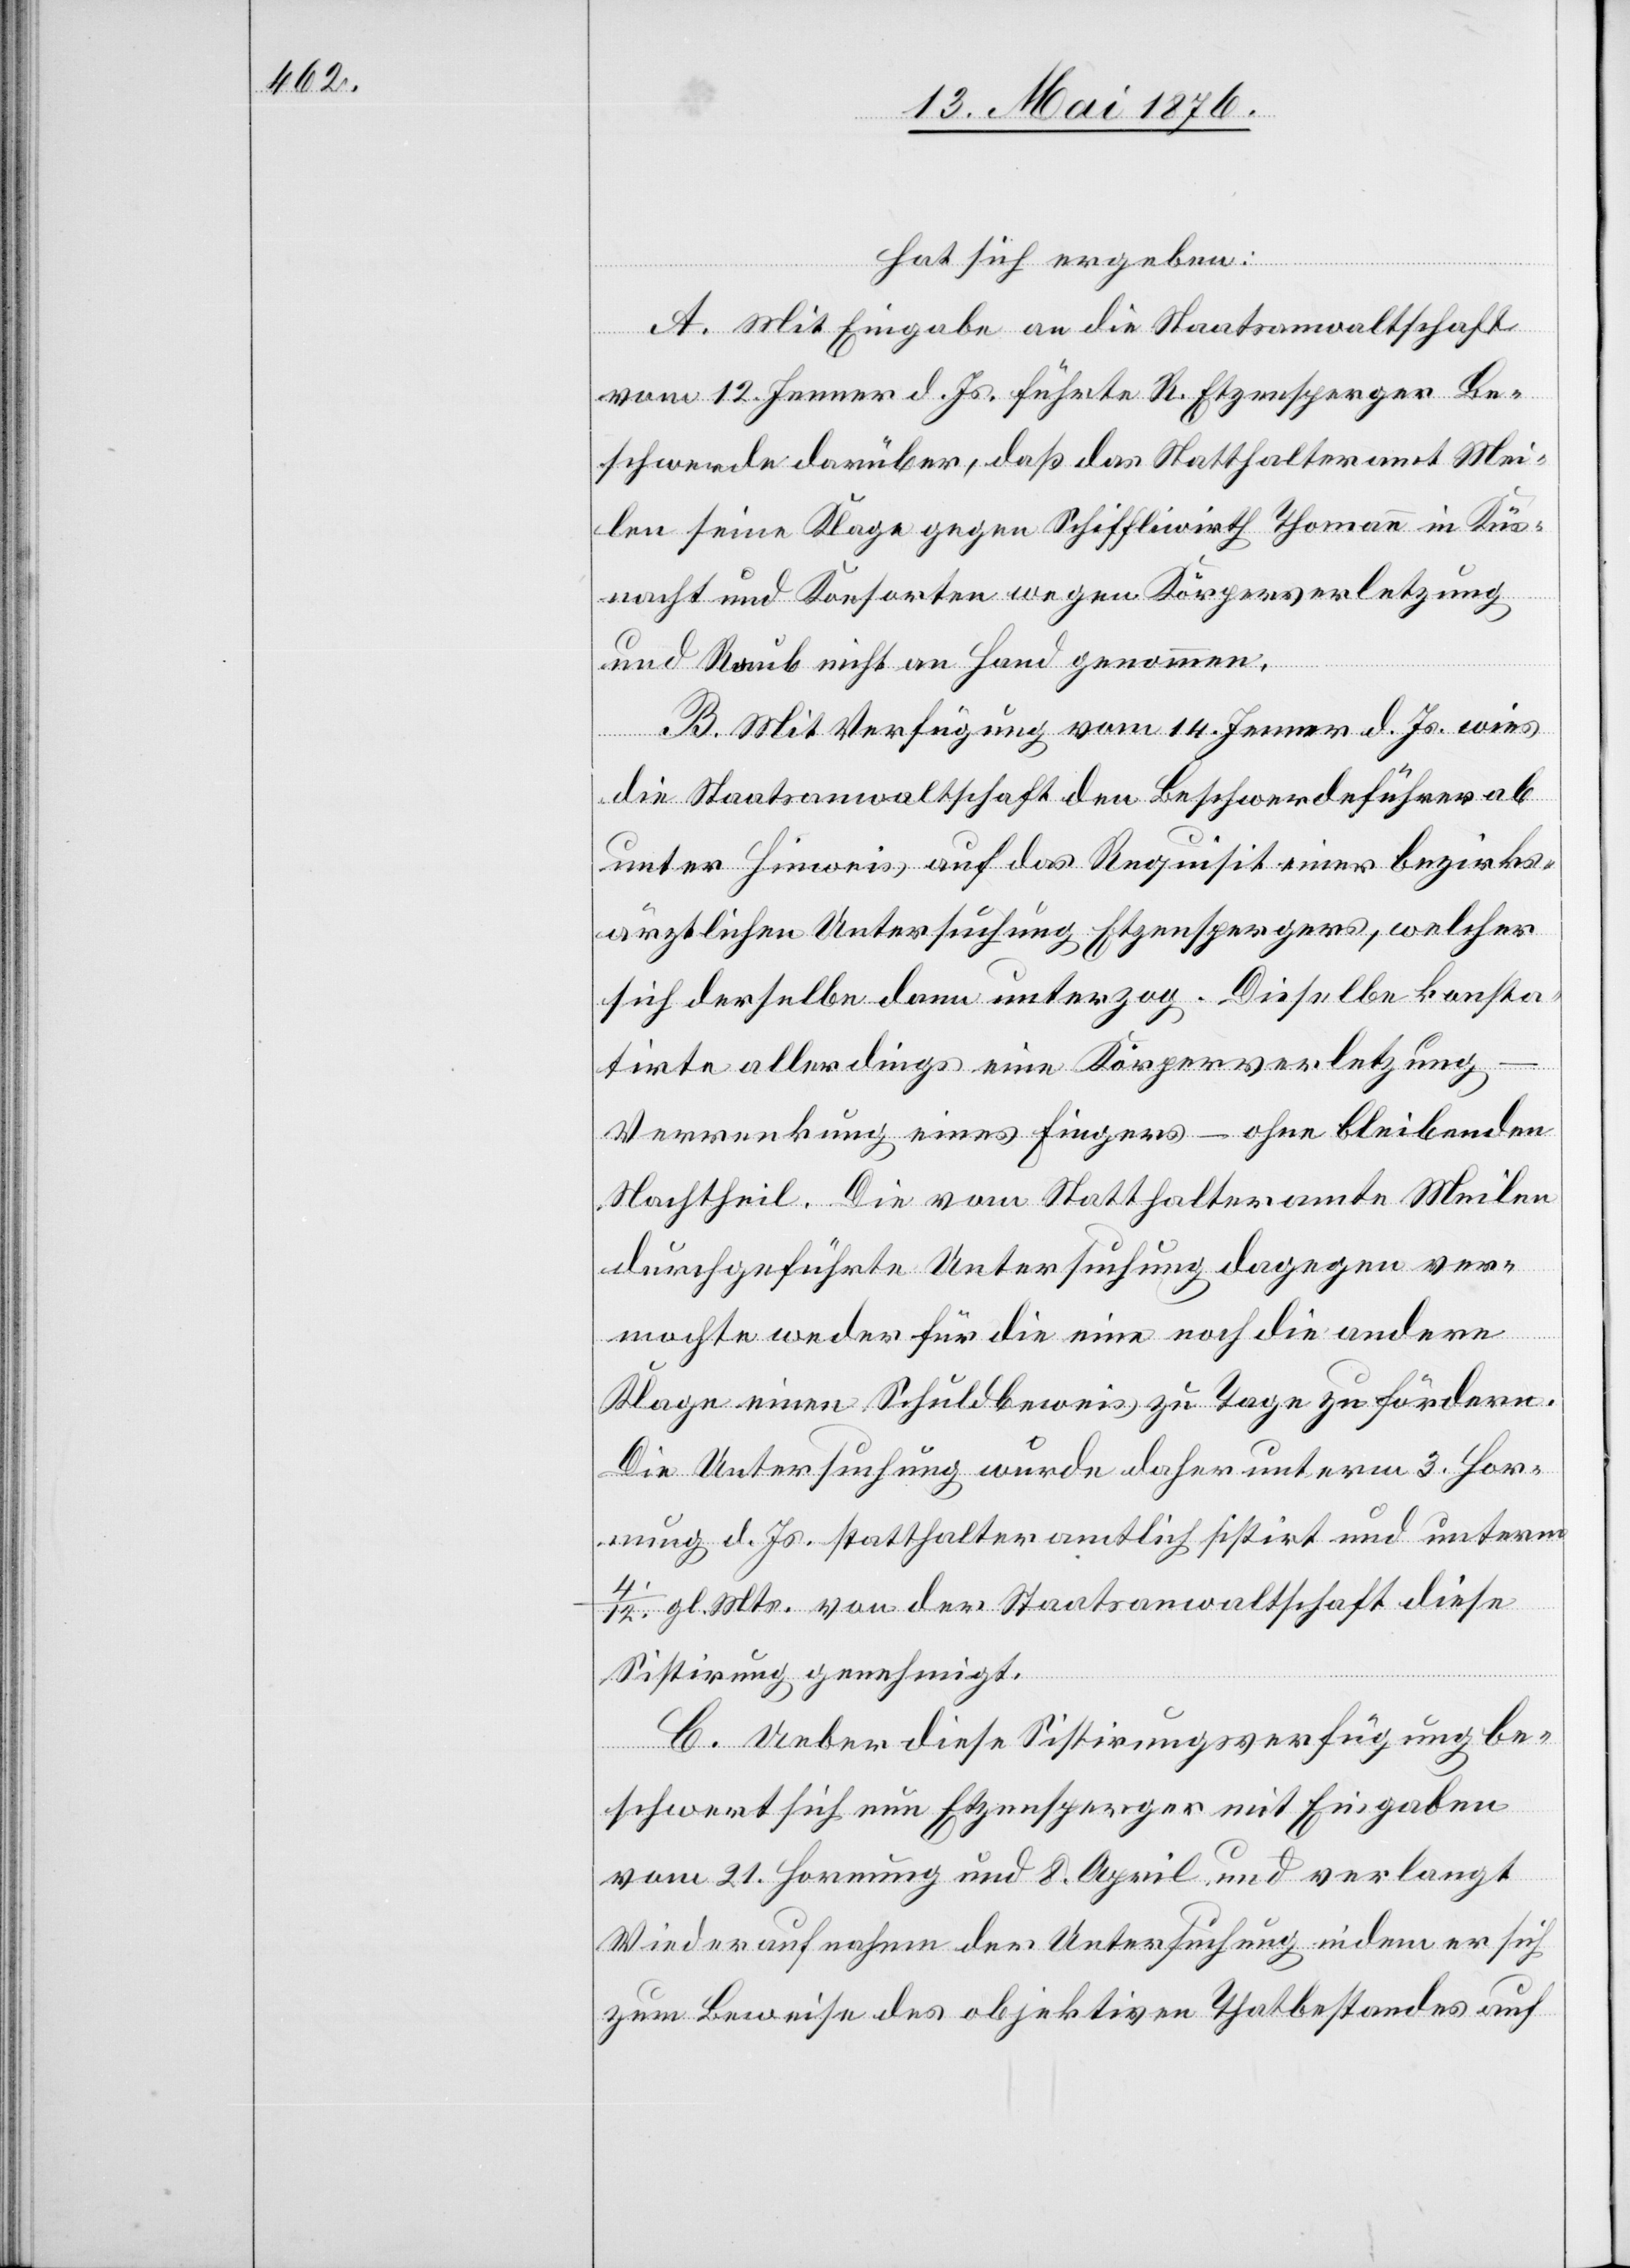
hat sich ergeben:
A. Mit Eingabe an die Staatsanwaltschaft
vom 12. Jenner d. Js. führte R. Etzensperger Be¬
schwerde darüber, daß das Statthalteramt Mei¬
len seine Klage gegen Schiffliwirth Thomann in Küs¬
nacht und Konsorten wegen Körperverletzung
und Raub nicht an Hand genommen.
B. Mit Verfügung vom 14. Jenner d. Js. wies
die Staatsanwaltschaft den Beschwerdeführer ab
unter Hinweis auf das Requisit einer bezirks¬
ärztlichen Untersuchung Etzensperger, welcher
sich derselbe dann unterzog. Dieselbe konsta¬
tirte allerdings eine Körperverletzung
Verrenkung eines Fingers – ohne bleibenden
Nachtheil. Die vom Statthalteramte Meilen
durchgeführte Untersuchung dagegen ver¬
mochte weder für die eine noch die andere
Klage einen Schuldbeweis zu Tage fördern.
Die Untersuchung wurde daher unterm 3. Hor¬
nung d. Js. statthalteramtlich sistirt und unterm
4./12. gl. Mts. von der Staatsanwaltschaft diese
Sistirung genehmigt.
C. Ueber diese Sistirungsverfügung be¬
schwert sich nun Etzensperger mit Eingaben
vom 21. Hornung und 8. April und verlangt
Wiederaufnahme der Untersuchung indem er sich
zum Beweise des objektiven Thatbestandes auf